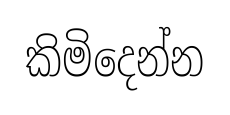
කිමිදෙන්න